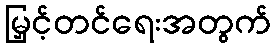
မြှင့်တင်ရေးအတွက်